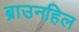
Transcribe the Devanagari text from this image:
ब्राउनहिल